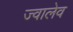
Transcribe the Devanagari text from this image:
ज्वालेव